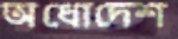
অধোদেশ